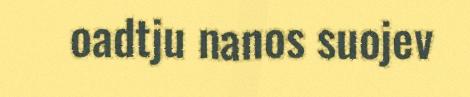
oadtju nanos suojev